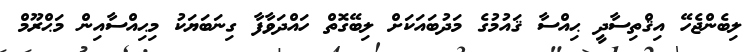
ލިބެންޖެހޭ އިޤްތިސާދީ ޙިއްސާ ޤައުމުގެ މަދުބައަކަށް ލިބޭގޮތް ހައްދަވާފާ ގިނަބަޔަކު މިޙިއްސާއިން މަޙްރޫމް